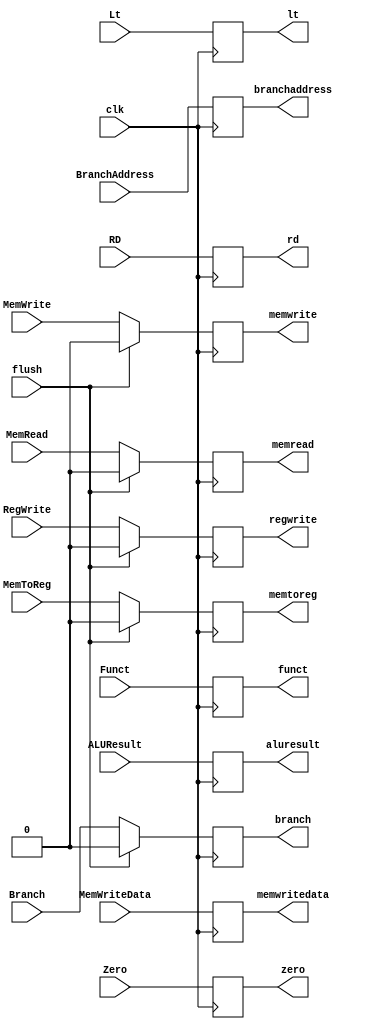
`timescale 1ns / 1ps
module EX_MEM(
    input clk, input flush,
   
    input wire MemToReg, input wire RegWrite, 
    input wire MemRead, input wire MemWrite, input wire Branch,
   
    input wire [63:0] BranchAddress, input Zero, input Lt,
    input wire [63:0] ALUResult, input wire [63:0] MemWriteData, input wire [4:0] RD,
    input [3:0] Funct,
   
    output reg memtoreg, regwrite, memread, memwrite, branch,
   
    output reg [63:0] branchaddress,
    output reg zero, lt,
    output reg [63:0] aluresult, memwritedata,
   
    output reg [4:0] rd,
    output reg [3:0] funct
    );
    
initial
begin
    memtoreg <= 0;
    regwrite <= 0;
    branch <= 0;
    memwrite <= 0;
    memread <= 0;
end
   
    always @ (posedge clk)
    begin
        if (flush)
        begin
            memtoreg <= 0;
            regwrite <= 0;
            memread <= 0;
            memwrite <= 0;
            branch <= 0;
        end
        else
        begin
            memtoreg <= MemToReg;
            regwrite <= RegWrite;
            memread <= MemRead;
            memwrite <= MemWrite;
            branch <= Branch;
        end
        branchaddress <= BranchAddress;
        zero = Zero;
        lt = Lt;
        aluresult <= ALUResult;
        memwritedata <= MemWriteData;
        rd <= RD;
        funct <= Funct;
    end
   
endmodule